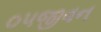
૦૫જીવન